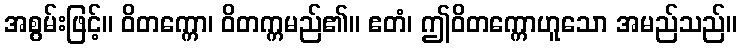
အစွမ်းဖြင့်။ ဝိတက္ကော၊ ဝိတက္ကမည်၏။ ဧတံ၊ ဤဝိတက္ကောဟူသော အမည်သည်။